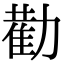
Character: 𭄿